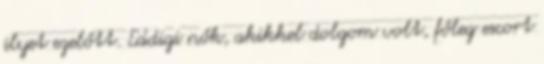
ilyet ezelőtt. Eddigi nők, akikkel dolgom volt, főleg escort